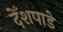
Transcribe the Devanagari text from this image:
देँशपाडे